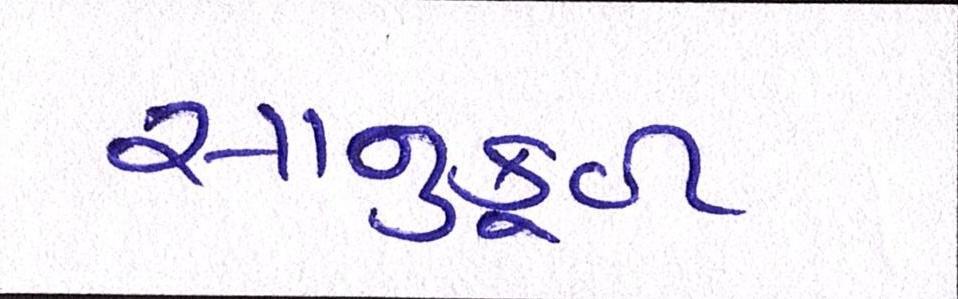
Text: સાનુકૂળ